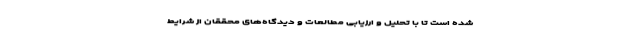
شده است تا با تحلیل و ارزیابی مطالعات و دیدگاه‌های محققان از شرایط